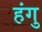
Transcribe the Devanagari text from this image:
हंगु